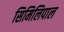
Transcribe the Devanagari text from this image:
सिमिलिपाल